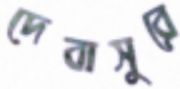
দেবাসুরে